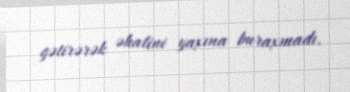
gətirərək əhalini yaxına buraxmadı.